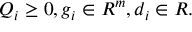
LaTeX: Q _ { i } \geq 0 , g _ { i } \in R ^ { m } , d _ { i } \in R .